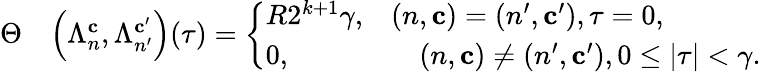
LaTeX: \begin{array}{rl}{\Theta}&{\Big(\Lambda_{n}^{\mathbf{c}},\Lambda_{n^{\prime}}^{\mathbf{c}^{\prime}}\Big)(\tau)=\left\{ \begin{array}{ll}{R2^{k+1}\gamma,}&{(n,\mathbf{c})=(n^{\prime},\mathbf{c}^{\prime}),\tau=0,}\\ {0,}&{\begin{array}{rl}&{(n,\mathbf{c})\neq(n^{\prime},\mathbf{c}^{\prime}),0\leq|\tau|<\gamma.}\end{array}}\end{array}\right.}\end{array}